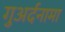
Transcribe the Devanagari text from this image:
गुअर्दनामा